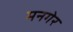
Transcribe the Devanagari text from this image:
मनगेर